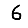
Digit: 6